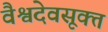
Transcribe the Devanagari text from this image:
वैश्वदेवसूक्त